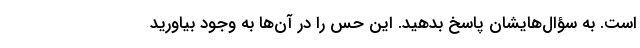
است. به سؤال‌هایشان پاسخ بدهید. این حس را در آن‌ها به وجود بیاورید